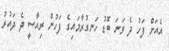
އެއަށް ފަހު ދެ ވަނަ ބޮޑު ހަނގުރާމައިގެ ފަހުން ރިއާސީ ދެ ދައުރު